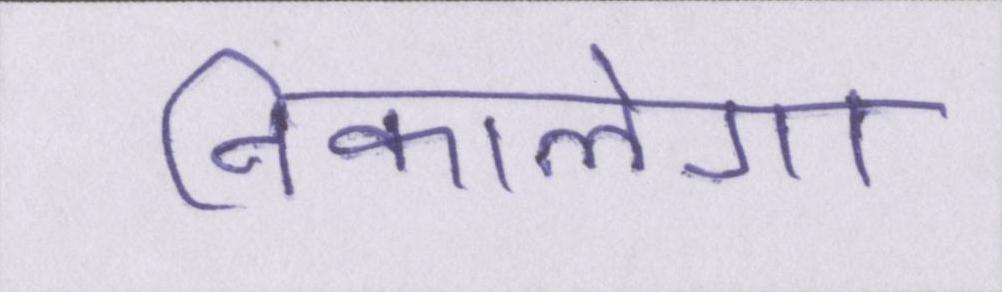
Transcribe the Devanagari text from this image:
निकालेगा